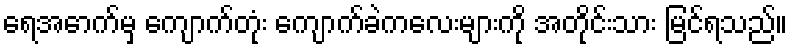
ရေအောက်မှ ကျောက်တုံး ကျောက်ခဲကလေးများကို အတိုင်းသား မြင်ရသည်။